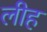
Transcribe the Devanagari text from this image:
लीह